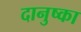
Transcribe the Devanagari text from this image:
दानुष्का